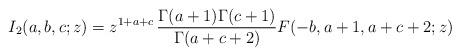
LaTeX: \begin{align*}I_{2}(a,b,c;z)=z^{1+a+c}\,\frac{\Gamma(a+1)\Gamma(c+1)}{\Gamma(a+c+2)}F(-b,a+1,a+c+2;z) \end{align*}